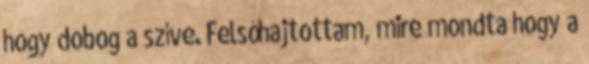
hogy dobog a szíve. Felsóhajtottam, mire mondta hogy a